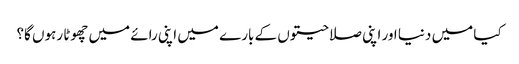
کیا میں دنیا اور اپنی صلاحیتوں کے بارے میں اپنی رائے میں چھوٹا رہوں گا؟